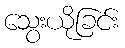
သွေးယိုခြင်း